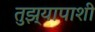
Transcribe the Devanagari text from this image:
तुझ्यापाशी